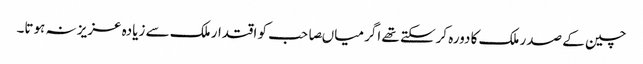
چین کے صدر ملک کا دورہ کرسکتے تھے اگر میاںصاحب کو اقتدار ملک سے زیادہ عزیز نہ ہوتا۔